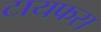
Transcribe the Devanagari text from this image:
टायफस